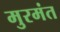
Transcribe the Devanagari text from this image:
मुरमंत